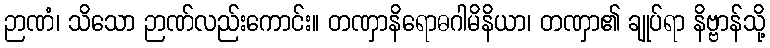
ဉာဏံ၊ သိသော ဉာဏ်လည်းကောင်း။ တဏှာနိရောဓဂါမိနိယာ၊ တဏှာ၏ ချုပ်ရာ နိဗ္ဗာန်သို့